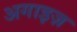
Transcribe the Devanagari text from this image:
अगाइज़